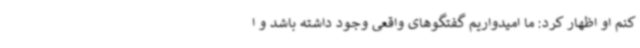
کنم او اظهار کرد: ما امیدواریم گفتگوهای واقعی وجود داشته باشد و ا